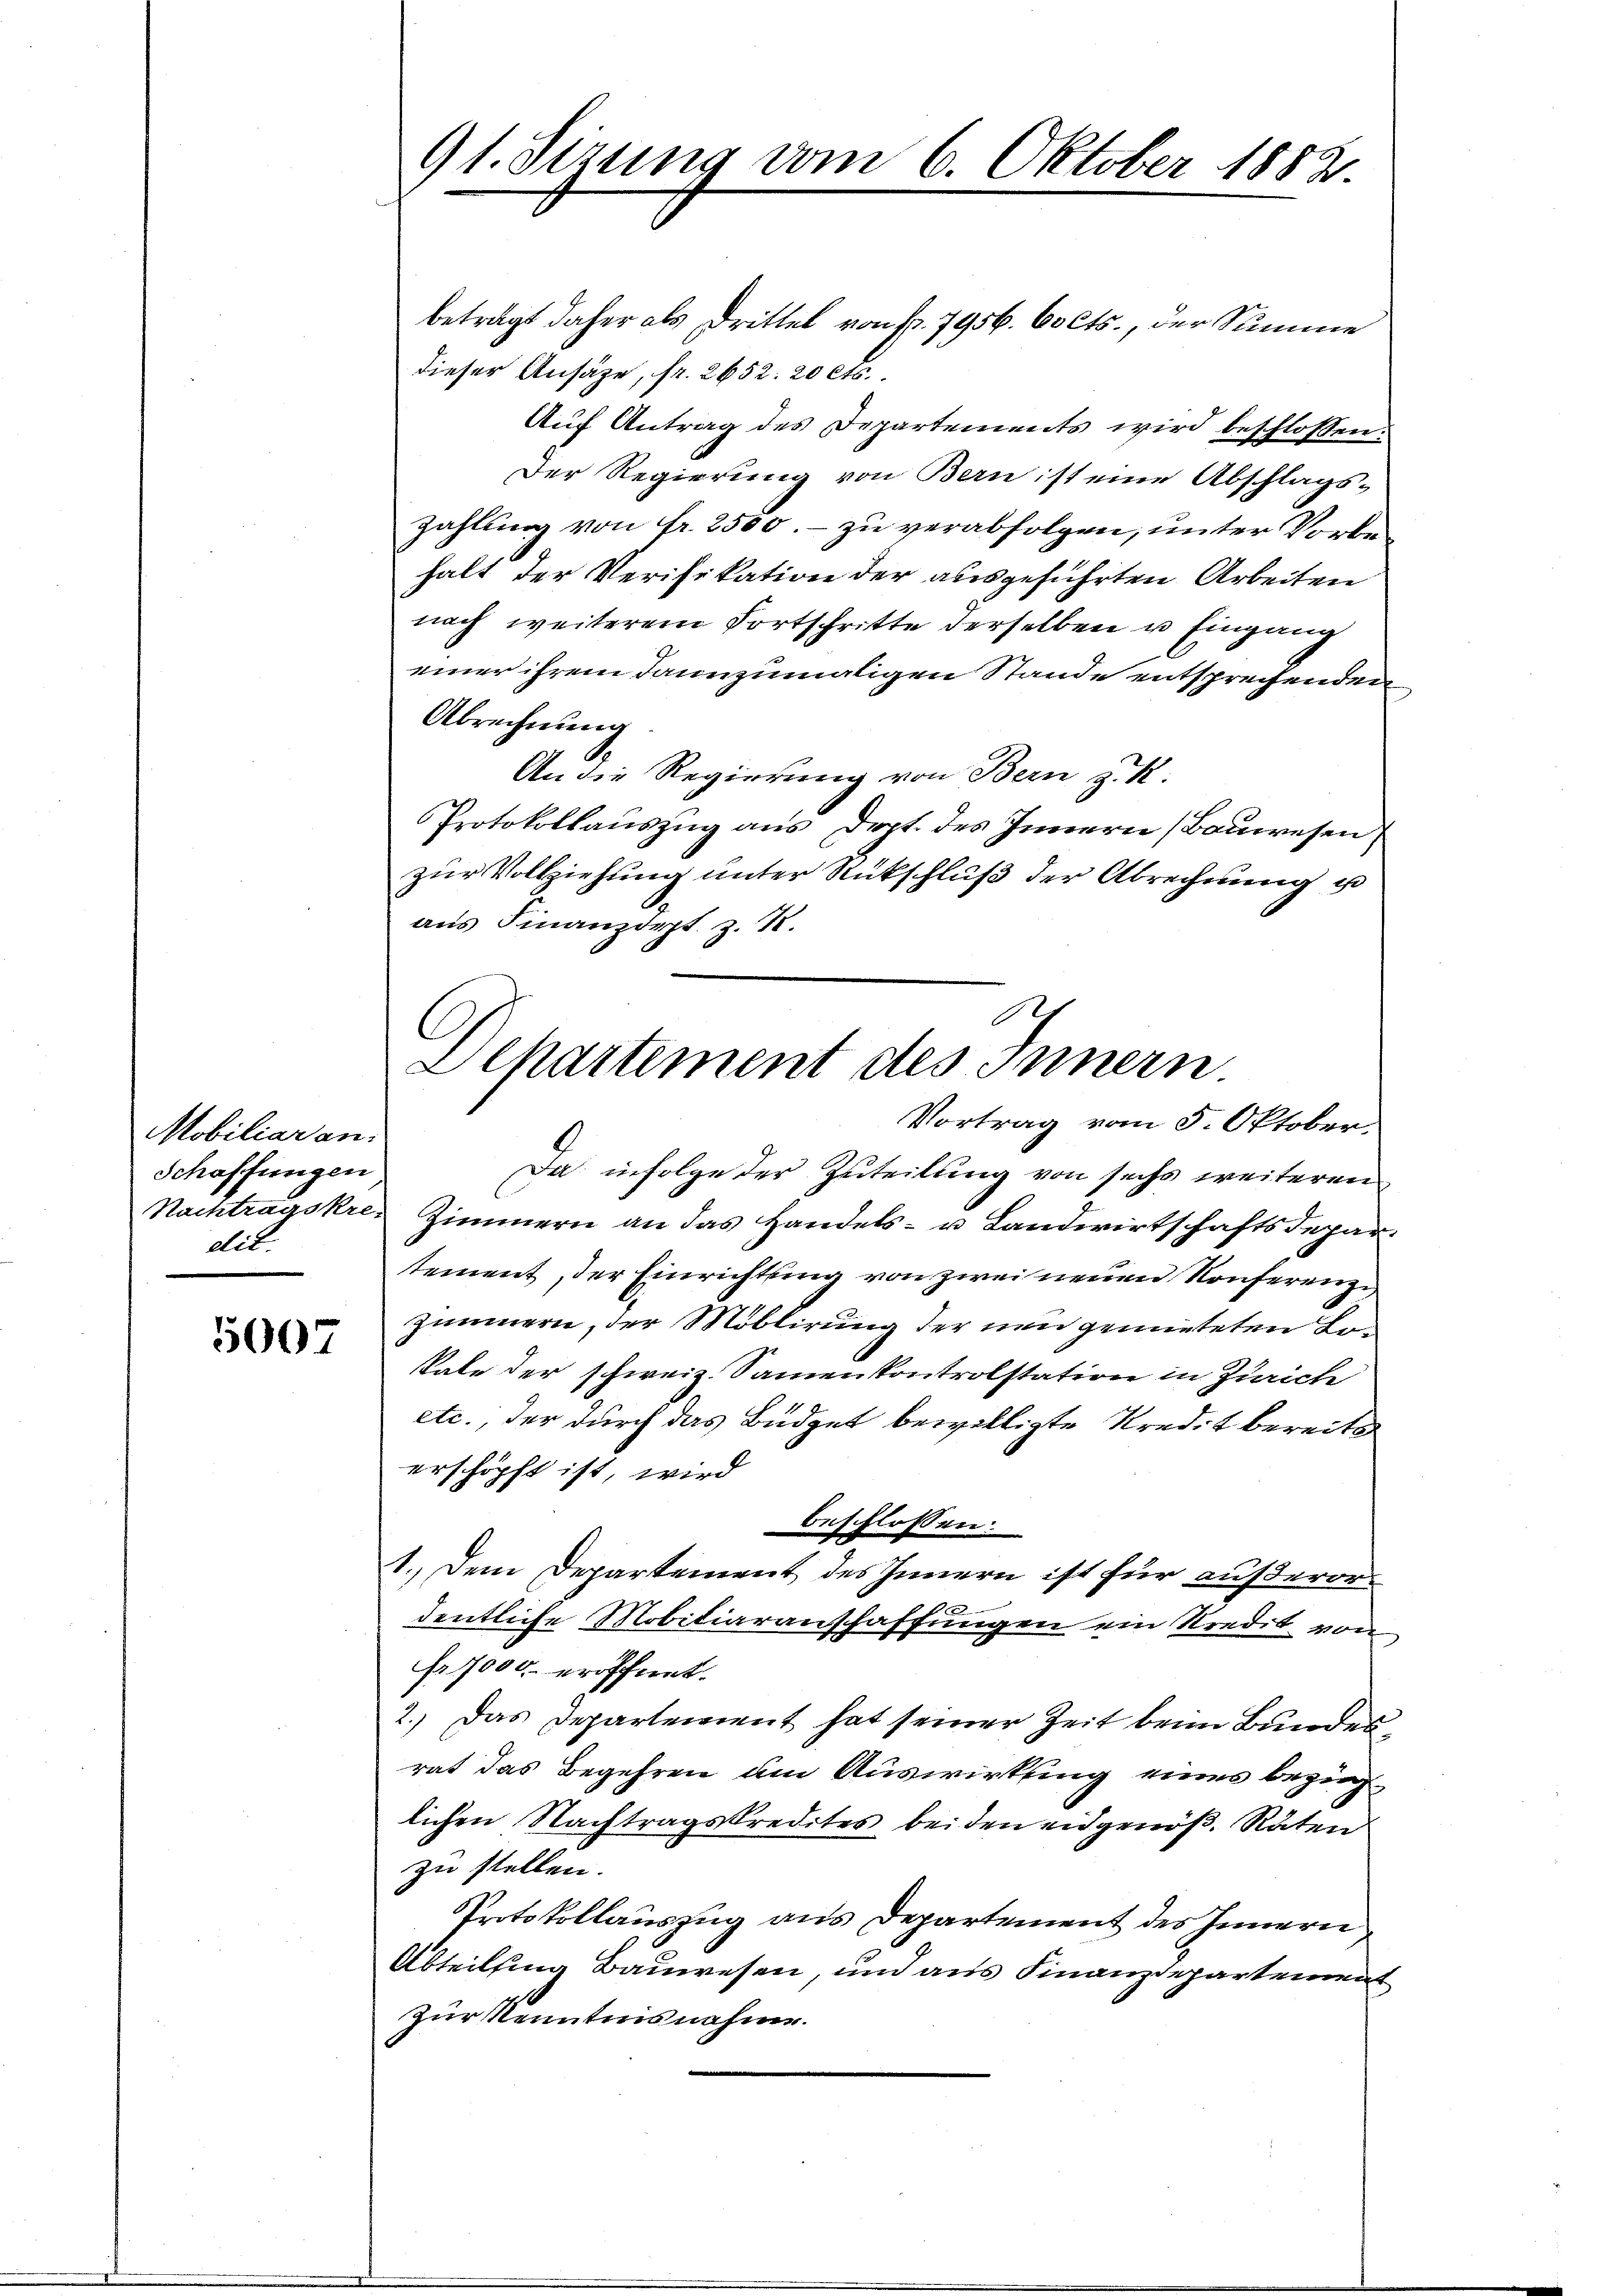
Mobiliar an:
Schaffungen
dit.

5007

91. Sizung vom 6. Oktober 1882.

beträgt daher als Drittel von fr. 7956. Colts., der Summe
dieser Ansäge, fr. 2652. 20 cts.
Auf Antrag des Departements wird beschlossen:
Der Regierung von Bern ist eine Abschlags-
zahlung von fr. 2500. – zu verabfolgen, unter Vorbehalt der Verifikation der ausgeführten Arbeiten
nach weiterem Fortschritte derselben u Eingang
einer ihrem dannzumaligen Stande entsprechenden
Abrechnung
An die Regierung von Bern z. R.
Protokollauszug aus Dept. des Innern (Bauwesen
zur Vollziehung unter Rückschluß der Abrechnung u
aus Finanzdept. z. 18.
Da infolge der Zuteilung von sechs weiteren
Nachtragskre, Zimmern an das Handels- u Landwirtschaftsdepartement, der Einrichtung von zwei neuen Konferenz,
Zimmern, der Moblirung der neu gemieteten Lokale der schweiz. Samenkontrolstation in Zürich
etc., der durch das Büdget bewilligte Kredit bereits
erschöpft ist, wird
beschlossen:
1.) Dem Departement des Innern ist für außerordentliche Mobiliaranschaffungen ein Kredit von
fr. 7000 eröffnet.
2.) Das Departement hat seiner Zeit beim Bundesrat das Begehren um Auswirkung eines bezinglichen Nachtragskredites beiden eidgenöß. Räten
zu stellen.
Protokollauszug aus Departement des Innern
Abteilsing Bauwesen, und aus Finanzdepartement
zur Kenntnisnahme.

Ich
C
Departement des Innern.
Vortrag vom 5. Oktober.